Insane asylums in Bengal annual reports 1876-1887 - 1876-1887
Year: 1876
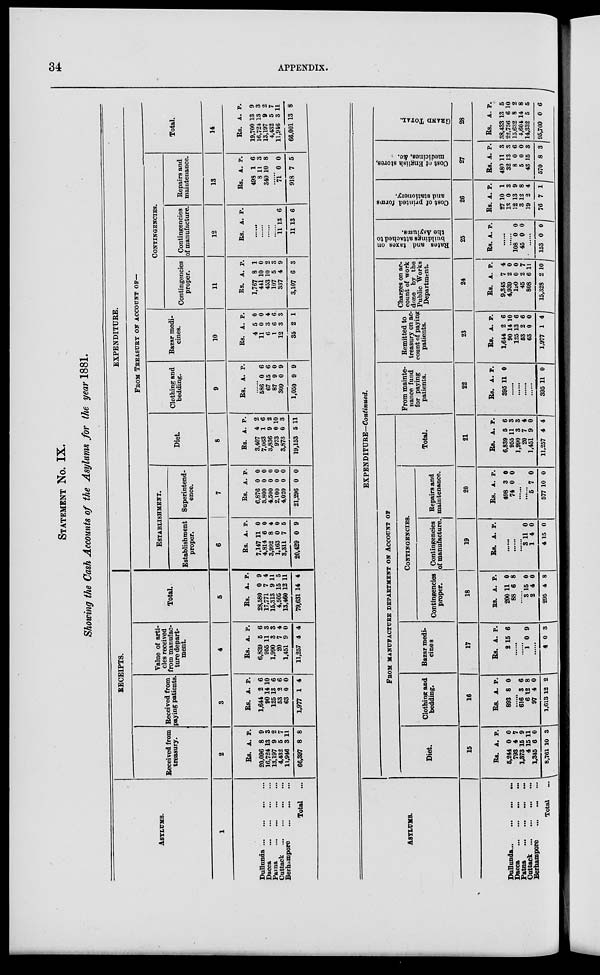
34
APPENDIX.
STATEMENT No. IX.
Showing the Cash Accounts of the Asylums for the year 1881.
ASYLUMS.
1
Dullund ... ... ... ...
Dacca ... ... ... ...
Patna ... ... ... ...
Cuttack ... ... ... ...
Berhampore ... ... ...
Total
...
RECEIPTS.
Received from
treasury.
2
Rs.
20,096
16,724
13,197
4,432
11,946
66,397
A.
8
13
9
5
3
8
P.
9
3
2
7
11
8
Received from
paying patients.
3
Rs.
1,644
90
125
53
63
1,977
A.
2
14
13
2
0
1
P.
6
10
6
6
0
4
Value of arti-
cles received
from manufac-
ture depart-
ment.
4
Rs.
6,839
955
1,990
20
1,451
11,257
A.
5
11
3
7
9
4
P.
6
3
3
4
0
4
Total.
5
Rs.
28,580
17,771
15,313
4,505
13,460
79,631
A.
0
7
9
15
12
14
P.
9
4
11
5
11
4
EXPENDITURE.
FROM TEEASUEY OF ACCOUNT OF-
ESTABLISHMENT.
Establishment
proper.
6
Rs.
7,147
4,814
3,992
1,163
3,311
20,429
A.
11
6
8
0
7
0
P.
0
0
4
0
5
9
Superintend-
ence.
7
Rs.
6,876
3,800
4,500
2,100
4,020
21,296
A.
0
0
0
0
0
0
P.
0
0
0
0
0
0
Diet.
8
Rs.
3,407
7,063
3,836
973
3,873
19,153
A.
4
1
9
0
6
5
P.
2
6
2
10
3
11
Clothing and
bedding.
9
Rs. A. P.
......
686
67
87
309
1,050
0
15
9
0
9
6
6
0
9
9
Bazar medi-
cines.
10
Rs.
4
11
6
1
12
35
A.
5
0
3
6
3
2
P.
0
0
4
6
3
1
CONTINGENCIES.
Contingencies
proper.
11
Rs.
1,767
441
453
107
337
3,107
A.
8
10
10
5
4
6
P.
1
0
2
3
9
3
Contingencies
of manufacture.
12
Rs. A. P.
......
......
......
......
11
11
13
13
6
6
Repairs and
maintenance.
13
Rs.
498
8
340
A.
1
11
10
P.
6
3
8
......
71
918
0
7
0
5
Total.
14
Rs.
19,700
16,724
13,197
4,432
11,946
66,001
A.
13
13
9
5
3
13
P.
9
3
2
7
11
8
ASYLUMS.
Dullunda ... ... ... ...
Dacca ... ... ... ...
Patna ... ... ... ...
Cuttack ... ... ... ...
Berhampore ... ... ... ...
Total ...
EXPENDITURE—Continued.
FROM MANUFACTURE DEPARTMENT ON ACCOUNT OF
Diet.
15
Rs.
5,244
793
1,373
4
1,345
8,761
A.
0
4
15
15
6
10
P.
0
7
9
11
0
3
Clothing and
bedding.
16
Rs.
893
A.
8
P.
0
......
616
6
97
1,613
3
12
4
12
6
8
0
2
Bazar medi-
cines
17
Rs.
2
A.
15
P.
6
......
......
1 0 9
......
4 0 3
CONTINGENCIES.
Contingencies
proper.
18
Rs.
200
88
A.
11
6
P.
0
8
......
3
2
295
15
4
4
0
0
8
Contingencies
of manufacture.
19
Rs. A. P.
......
......
......
3
1
4
11
4
15
0
0
0
Repairs and
maintenance.
20
Rs.
498
74
A.
3
0
P.
0
0
......
......
5
577
7
10
0
0
Total.
21
Rs.
6,839
955
1,990
20
1,451
11,257
A.
5
11
3
7
9
4
P.
6
3
3
4
0
4
From mainte-
nance fund
for paying
patients.
22
Rs.
395
A.
11
P.
0
......
......
......
......
395 11 0
Remitted to
treasury on ac-
count of paying
patients.
23
Rs.
1,644
90
125
63
63
1,977
A.
2
14
13
2
0
1
P.
6
10
6
6
0
4
Charges on ac-
count of work
done by the
Public Works
Department.
24
Rs.
9,345
4,939
190
45
808
15,328
A.
7
2
0
2
6
2
P.
4
0
0
7
11
10
Rates and taxes on
buildings attached to
the Asylums.
25
Rs. A. P.
......
......
108
45
0
0
0
0
......
153 0 0
Cost of printed forms
and stationery.
26
Rs.
27
13
12
3
19
76
A.
10
0
13
12
2
7
P.
1
3
9
8
4
1
Cost of English stores,
medicines, &c.
27
Rs.
480
32
8
5
43
570
A.
11
13
0
0
15
8
P.
3
3
6
0
3
3
GRAND TOTAL.
28
Rs.
38,433
22,756
15,632
4,604
14,332
95,760
A.
13
6
8
14
5
0
P.
5
10
2
8
5
6